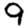
Digit: 9